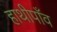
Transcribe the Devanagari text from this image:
हाथीपाँव